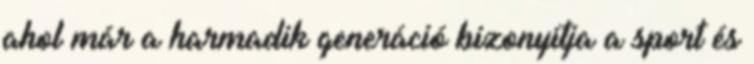
ahol már a harmadik generáció bizonyítja a sport és